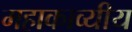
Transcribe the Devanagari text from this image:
महाकाव्यीय